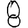
Digit: 8